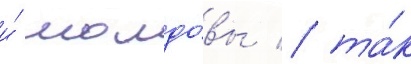
и́ молдо́вы / та́к